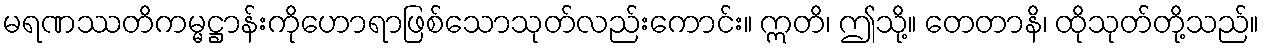
မရဏဿတိကမ္မဋ္ဌာန်းကိုဟောရာဖြစ်သောသုတ်လည်းကောင်း။ ဣတိ၊ ဤသို့။ တေတာနိ၊ ထိုသုတ်တို့သည်။